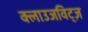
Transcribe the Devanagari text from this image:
क्लाउजविट्ज़